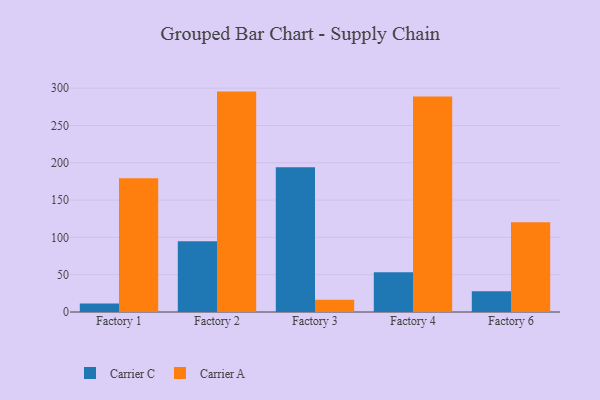
{"axis": {"x": "Factory", "y": "Bounce Rate (%)"}, "legend": ["Carrier A", "Carrier C"], "data": [{"x": "Factory 1", "y": 11.4, "type": "Carrier C"}, {"x": "Factory 1", "y": 179.4, "type": "Carrier A"}, {"x": "Factory 2", "y": 94.9, "type": "Carrier C"}, {"x": "Factory 2", "y": 295.4, "type": "Carrier A"}, {"x": "Factory 3", "y": 194.0, "type": "Carrier C"}, {"x": "Factory 3", "y": 16.4, "type": "Carrier A"}, {"x": "Factory 4", "y": 53.2, "type": "Carrier C"}, {"x": "Factory 4", "y": 288.7, "type": "Carrier A"}, {"x": "Factory 6", "y": 27.9, "type": "Carrier C"}, {"x": "Factory 6", "y": 120.4, "type": "Carrier A"}]}